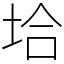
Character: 垥